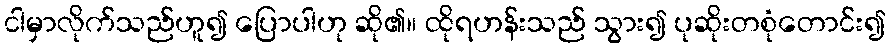
ငါမှာလိုက်သည်ဟူ၍ ပြောပါဟု ဆို၏။ ထိုရဟန်းသည် သွား၍ ပုဆိုးတစုံတောင်း၍